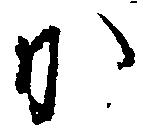
か